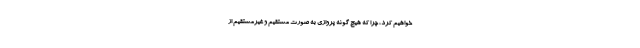
خواهیم کرد، چرا که هیچ گونه پروازی به صورت مستقیم و غیرمستقیم از